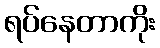
ရပ်နေတာကိုး